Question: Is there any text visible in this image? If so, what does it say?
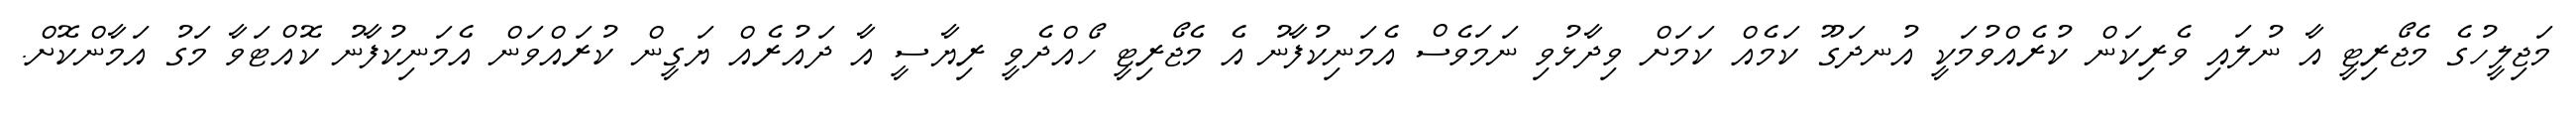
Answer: މަޖިލީހުގެ މެޖޯރިޓީ އާ ނުލައި ވެރިކަން ކުރެއްވުމަކީ އުނދަގޫ ކަމެއް ކަމަށް ވިދާޅުވި ނަމަވެސް އެމަނިކުފާނު އެ މެޖޯރިޓީ ހޯއްދެވީ ރިޔާސީ އާ ދައުރެއް ޔަގީން ކުރައްވަން އެމަނިކުފާނު ކޮއްޓަވާ މަގު އަމާންކޮށް.